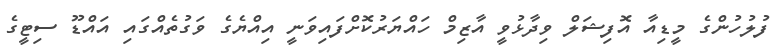
ފުލުހުންގެ މީޑިއާ އޮފިޝަލް ވިދާޅުވީ އާޒިމް ހައްޔަރުކޮށްފައިވަނީ އިއްޔެގެ ވަގުތެއްގައި އައްޑޫ ސިޓީގެ